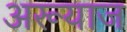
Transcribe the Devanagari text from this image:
अरूयाज